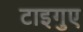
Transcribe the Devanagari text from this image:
टाइगुए